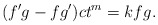
\begin{align*}(f'g-fg')ct^m=kfg.\end{align*}